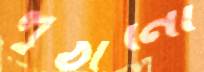
লুঠানো